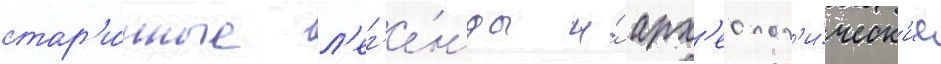
стар'и́нные л'ег'е́нды и́ арх'еолог'и́ческ'ие